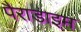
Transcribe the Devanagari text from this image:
पैराडाइम